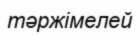
тәржімелей